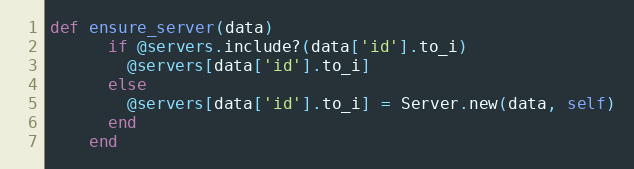
Language: Ruby
def ensure_server(data)
      if @servers.include?(data['id'].to_i)
        @servers[data['id'].to_i]
      else
        @servers[data['id'].to_i] = Server.new(data, self)
      end
    end